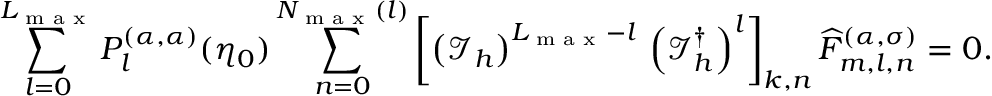
\sum _ { l = 0 } ^ { L _ { \textrm { m a x } } } P _ { l } ^ { ( \alpha , \alpha ) } ( \eta _ { 0 } ) \sum _ { n = 0 } ^ { N _ { \textrm { m a x } } ( l ) } \left[ \left( \mathcal { I } _ { h } \right) ^ { L _ { \textrm { m a x } } - l } \, \left( \mathcal { I } _ { h } ^ { \dagger } \right) ^ { l } \right] _ { k , n } \widehat { F } _ { m , l , n } ^ { ( \alpha , \sigma ) } = 0 .